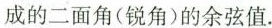
成的二面角(锐角)的余弦值.